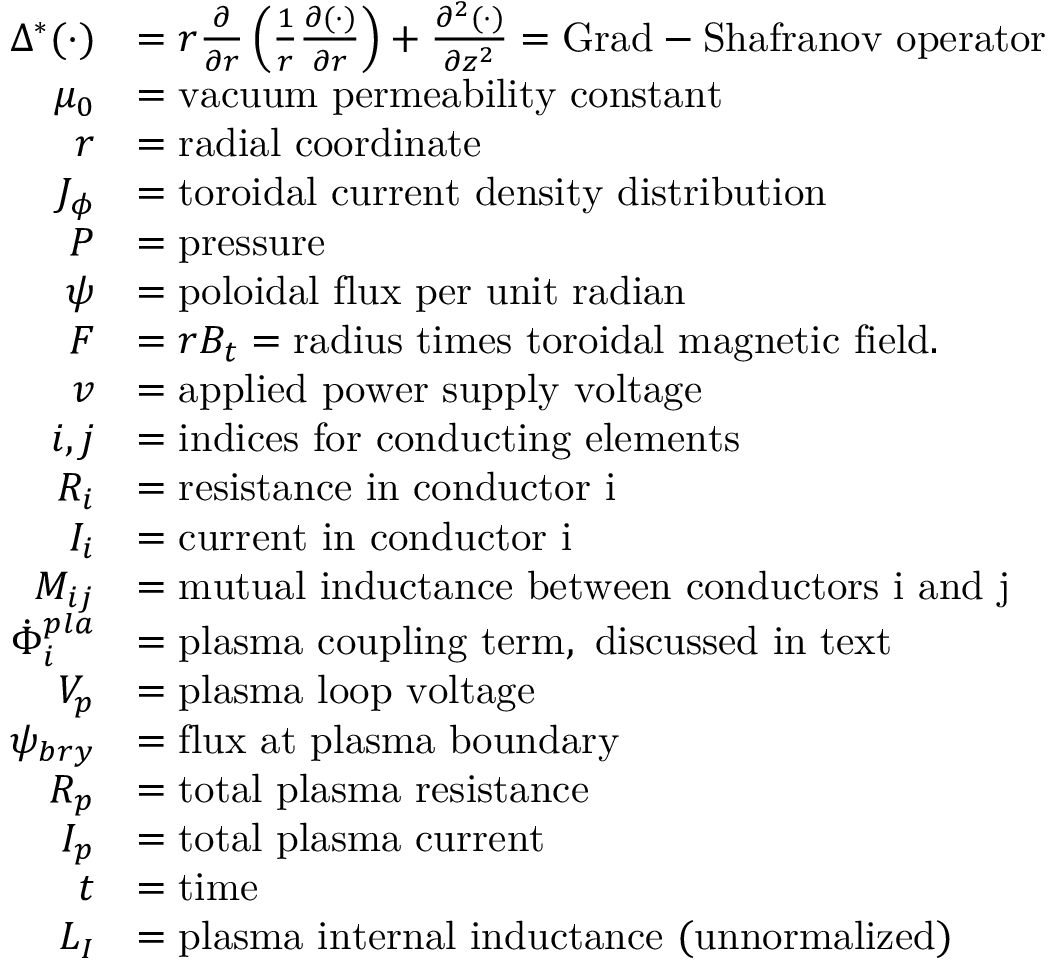
\begin{array} { r l } { \Delta ^ { * } ( \cdot ) } & { = r \frac { \partial } { \partial r } \left( \frac { 1 } { r } \frac { \partial ( \cdot ) } { \partial r } \right) + \frac { \partial ^ { 2 } ( \cdot ) } { \partial z ^ { 2 } } = \mathrm { G r a d - S h a f r a n o v ~ o p e r a t o r } } \\ { \mu _ { 0 } } & { = \mathrm { v a c u u m ~ p e r m e a b i l i t y ~ c o n s t a n t } } \\ { r } & { = \mathrm { r a d i a l ~ c o o r d i n a t e } } \\ { J _ { \phi } } & { = \mathrm { t o r o i d a l ~ c u r r e n t ~ d e n s i t y ~ d i s t r i b u t i o n } } \\ { P } & { = \mathrm { p r e s s u r e } } \\ { \psi } & { = \mathrm { p o l o i d a l ~ f l u x ~ p e r ~ u n i t ~ r a d i a n } } \\ { F } & { = r B _ { t } = \mathrm { r a d i u s ~ t i m e s ~ t o r o i d a l ~ m a g n e t i c ~ f i e l d } . } \\ { v } & { = \mathrm { a p p l i e d ~ p o w e r ~ s u p p l y ~ v o l t a g e } } \\ { i , j } & { = \mathrm { i n d i c e s ~ f o r ~ c o n d u c t i n g ~ e l e m e n t s } } \\ { R _ { i } } & { = \mathrm { r e s i s t a n c e ~ i n ~ c o n d u c t o r ~ i } } \\ { I _ { i } } & { = \mathrm { c u r r e n t ~ i n ~ c o n d u c t o r ~ i } } \\ { M _ { i j } } & { = \mathrm { m u t u a l ~ i n d u c t a n c e ~ b e t w e e n ~ c o n d u c t o r s ~ i ~ a n d ~ j } } \\ { \dot { \Phi } _ { i } ^ { p l a } } & { = \mathrm { p l a s m a ~ c o u p l i n g ~ t e r m , ~ d i s c u s s e d ~ i n ~ t e x t } } \\ { V _ { p } } & { = \mathrm { p l a s m a ~ l o o p ~ v o l t a g e } } \\ { \psi _ { b r y } } & { = \mathrm { f l u x ~ a t ~ p l a s m a ~ b o u n d a r y } } \\ { R _ { p } } & { = \mathrm { t o t a l ~ p l a s m a ~ r e s i s t a n c e } } \\ { I _ { p } } & { = \mathrm { t o t a l ~ p l a s m a ~ c u r r e n t } } \\ { t } & { = \mathrm { t i m e } } \\ { L _ { I } } & { = \mathrm { p l a s m a ~ i n t e r n a l ~ i n d u c t a n c e ~ ( u n n o r m a l i z e d ) } } \end{array}